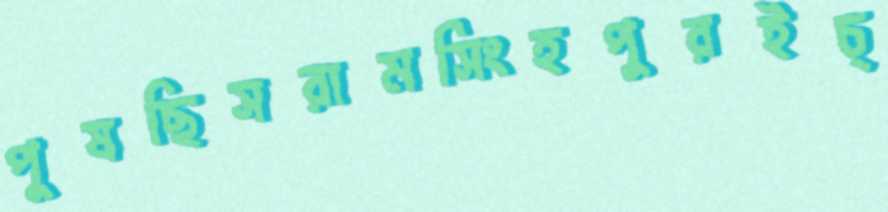
পুষছিসরামসিংহপুরইচ্